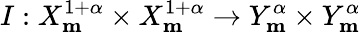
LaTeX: I:X_{\mathbf{m}}^{1+\alpha}\times X_{\mathbf{m}}^{1+\alpha}\rightarrow Y_{\mathbf{m}}^{\alpha}\times Y_{\mathbf{m}}^{\alpha}